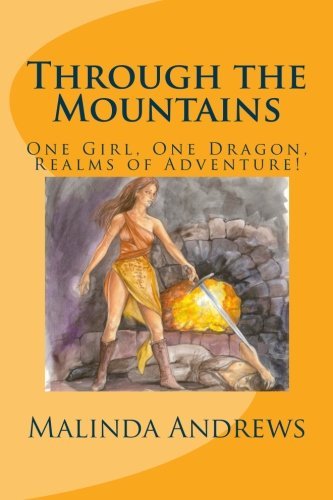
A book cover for Through the Mountains: A book of the Ryder Chronicles (Incalescent Trilogy ) (Volume 1); Malinda Andrews; Science Fiction & Fantasy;